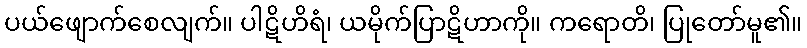
ပယ်ဖျောက်စေလျက်။ ပါဋိဟိရံ၊ ယမိုက်ပြာဋိဟာကို။ ကရောတိ၊ ပြုတော်မူ၏။